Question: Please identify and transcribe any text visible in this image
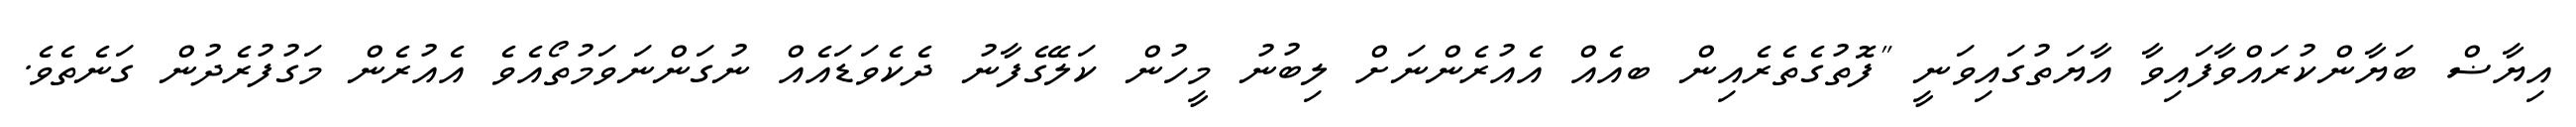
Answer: އިޔާޟް ބަޔާންކުރައްވާފައިވާ އާޔަތުގައިވަނީ "ފޮތުގެތެރެއިން ބއެއް އެއުރެންނަށް ލިބުނު މީހުން ކަލޭގެފާނު ދެކެވަޑައެއް ނުގަންނަވަމުތޯއެވެ އެއުރެން މަގުފުރެދުން ގަނެތެވެ.